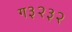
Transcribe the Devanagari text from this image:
ग३२३२